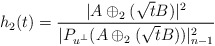
\begin{align*}h_2(t)=\frac{|A\oplus_2(\sqrt{t}B)|^2}{|P_{u^\bot}(A\oplus_2(\sqrt{t}B))|^2_{n-1}}\end{align*}